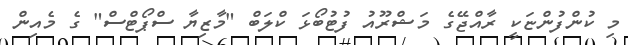
މި ކުންފުންޏަކީ ރާއްޖޭގެ މަޝްރޫއު ފުޓުބޯޅަ ކްލަބް "މާޒިޔާ ސްޕޯޓްސް" ގެ މެއިން